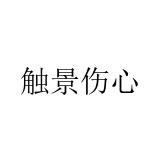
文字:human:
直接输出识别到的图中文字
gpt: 触景伤心